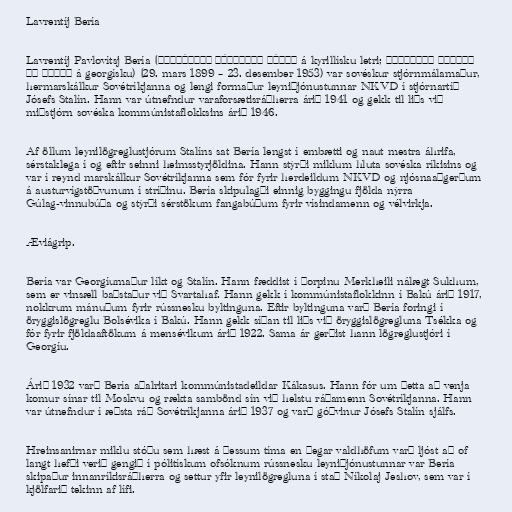
Lavrentíj Bería

Lavrentíj Pavlovítsj Bería (Лавре́нтий Па́влович Бе́рия á kyrillísku letri; ლავრენტი პავლეს
ძე ბერია á georgísku) (29. mars 1899 – 23. desember 1953) var sovéskur stjórnmálamaður,
hermarskálkur Sovétríkjanna og lengi formaður leyniþjónustunnar NKVD í stjórnartíð
Jósefs Stalín. Hann var útnefndur varaforsætisráðherra árið 1941 og gekk til liðs við
miðstjórn sovéska kommúnistaflokksins árið 1946.

Af öllum leynilögreglustjórum Stalíns sat Bería lengst í embætti og naut mestra áhrifa,
sérstaklega í og eftir seinni heimsstyrjöldina. Hann stýrði miklum hluta sovéska ríkisins og
var í reynd marskálkur Sovétríkjanna sem fór fyrir herdeildum NKVD og njósnaaðgerðum
á austurvígstöðvunum í stríðinu. Bería skipulagði einnig byggingu fjölda nýrra
Gúlag-vinnubúða og stýrði sérstökum fangabúðum fyrir vísindamenn og vélvirkja.

Æviágrip.

Bería var Georgíumaður líkt og Stalín. Hann fæddist í þorpinu Merkheili nálægt Sukhum,
sem er vinsæll baðstaður við Svartahaf. Hann gekk í kommúnistaflokkinn í Bakú árið 1917,
nokkrum mánuðum fyrir rússnesku byltinguna. Eftir byltinguna varð Bería foringi í
öryggislögreglu Bolsévika í Bakú. Hann gekk síðan til liðs við öryggislögregluna Tsékka og
fór fyrir fjöldaaftökum á mensévikum árið 1922. Sama ár gerðist hann lögreglustjóri í
Georgíu.

Árið 1932 varð Bería aðalritari kommúnistadeildar Kákasus. Hann fór um þetta að venja
komur sínar til Moskvu og rækta sambönd sín við helstu ráðamenn Sovétríkjanna. Hann
var útnefndur í æðsta ráð Sovétríkjanna árið 1937 og varð góðvinur Jósefs Stalín sjálfs.

Hreinsanirnar miklu stóðu sem hæst á þessum tíma en þegar valdhöfum varð ljóst að of
langt hefði verið gengið í pólitískum ofsóknum rússnesku leyniþjónustunnar var Bería
skipaður innanríkisráðherra og settur yfir leynilögregluna í stað Níkolaj Jeshov, sem var í
kjölfarið tekinn af lífi.